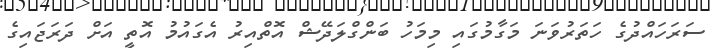
ސަރަހައްދުގެ ހަތަރުވަނަ މަގާމުގައި މިމަހު ބަންގްލަދޭޝް އޮތްއިރު އެގައުމު އޮތީ އަށް ދަރަޖައިގެ